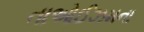
તાઓઈઝમના